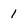
Character: 1